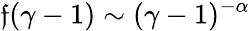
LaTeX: \mathfrak{f}(\gamma-1)\sim(\gamma-1)^{-\alpha}